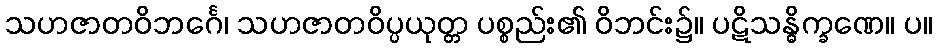
သဟဇာတဝိဘင်္ဂေ၊ သဟဇာတဝိပ္ပယုတ္တ ပစ္စည်း၏ ဝိဘင်း၌။ ပဋိသန္ဓိက္ခဏေ။ ပ။